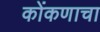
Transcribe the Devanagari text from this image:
कोंकणाचा